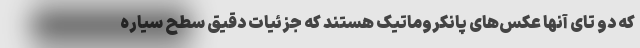
که دو تای آنها عکس‌های پانکروماتیک هستند که جزئیات دقیق سطح سیاره